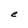
Character: e